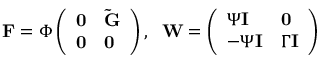
\mathbf { F } = \Phi \left( \begin{array} { l l } { \mathbf { 0 } } & { \mathbf { \tilde { G } } } \\ { \mathbf { 0 } } & { \mathbf { 0 } } \end{array} \right) , \; \ \mathbf { W } = \left( \begin{array} { l l } { \Psi \mathbf { I } } & { \mathbf { 0 } } \\ { - \Psi \mathbf { I } } & { \Gamma \mathbf { I } } \end{array} \right)